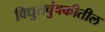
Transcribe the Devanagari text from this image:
विद्युतचुंबकीतील